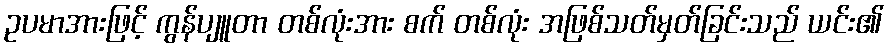
ဥပမာအားဖြင့် ကွန်ပျူတာ တစ်လုံးအား စက် တစ်လုံး အဖြစ်သတ်မှတ်ခြင်းသည် ယင်း၏